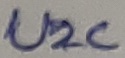
Text: U2C